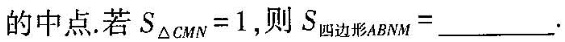
的中点.若$$S_{△cuv} = 1$$，则$$S_{四边形ABNM }= ___$$.